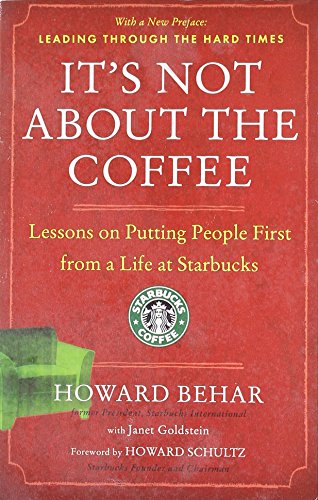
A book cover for It's Not About the Coffee: Lessons on Putting People First from a Life at Starbucks; Howard Behar; Science & Math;